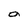
Character: O